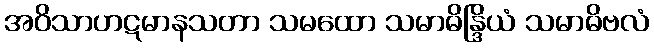
အဝိသာဟဋမာနသတာ သမထော သမာဓိန္ဒြိယံ သမာဓိဗလံ